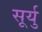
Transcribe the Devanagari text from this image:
सूर्यु